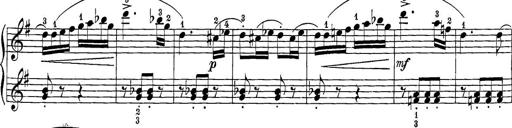
Title: 12 Sonatine per Pianoforte
Composer: Friedrich Kuhlau